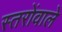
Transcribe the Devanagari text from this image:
स्तरोंवाले